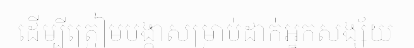
ដើម្បីត្រៀមបង្កាសម្រាប់ដាក់អ្នកសង្ស័យ